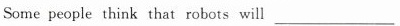
Some people think that robots will ___